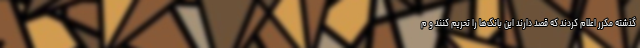
گذشته مکرر اعلام کردند که قصد دارند این بانک‌ها را تحریم کنند و م